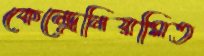
কেন্দ্রেনিয়মিত